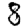
Digit: 8